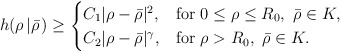
\begin{align*}h(\rho \left | \bar \rho \right.) \geq \begin{cases}C_1 |\rho-\bar\rho|^2, &\hbox{for}\ 0\leq \rho\leq R_0,\ \bar\rho\in K, \\C_2 |\rho-\bar\rho|^\gamma, &\hbox{for}\ \rho> R_0,\ \bar\rho\in K.\end{cases}\end{align*}